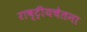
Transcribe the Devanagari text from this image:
राष्ट्रीयचेतना